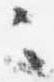
々